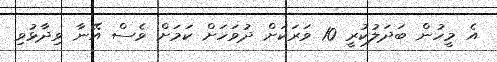
އެ މީހުން ބަދަލުކުރީ 10 ވަރަކަށް ދުވަހަށް ކަމަށް ވެސް އޭނާ ވިދާޅުވި